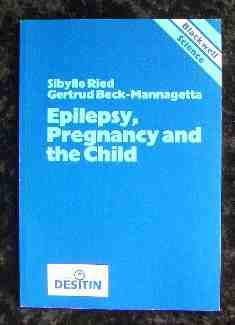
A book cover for Epilepsy, Pregnancy and the Child; Sibylle Ried; Health, Fitness & Dieting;